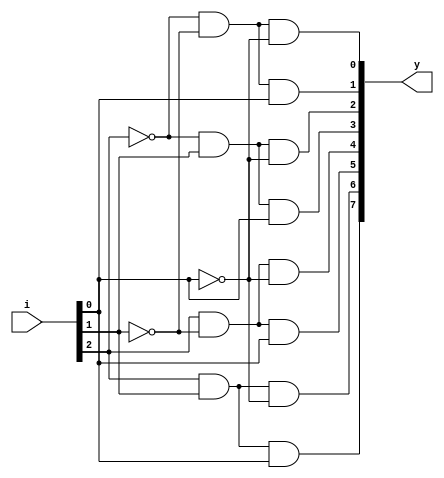
`timescale 1ns / 1ps

module decoder_3_8_st(
    output [7:0] y,
    input [2:0] i
    );
    wire w1,w2,w3;
    not n1(w1,i[2]), 
        n2(w2,i[1]), 
		n3(w3,i[0]);
    and a1(y[0],w1,w2,w3),
        a2(y[1],w1,w2,i[0]),
        a3(y[2],w1,i[1],w3),
        a4(y[3],w1,i[1],i[0]),
        a5(y[4],i[2],w2,w3),
        a6(y[5],i[2],w2,i[0]),
        a7(y[6],i[2],i[1],w3),
        a8(y[7],i[2],i[1],i[0]);
endmodule